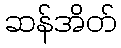
ဆန်အိတ်